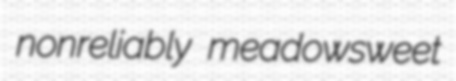
nonreliably meadowsweet